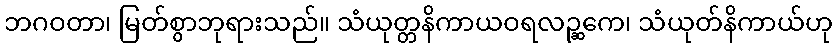
ဘဂဝတာ၊ မြတ်စွာဘုရားသည်။ သံယုတ္တနိကာယဝရလဉ္ဆကေ၊ သံယုတ်နိကာယ်ဟု